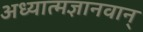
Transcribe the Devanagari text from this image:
अध्यात्मज्ञानवान्